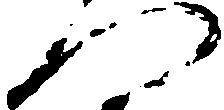
門